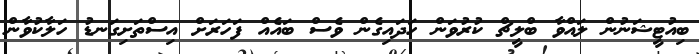
ބިއުޓީޝަނުން ލައްވާ ބްލީޗް ކުރުވަން ހަދައިގެން ވެސް ބައެއް ފަހަރަށް އިސްތަށިގަނޑު ހަލާކުވާން